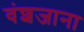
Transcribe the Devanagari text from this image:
वंशजाना